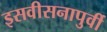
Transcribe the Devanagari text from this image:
इसवीसनापुर्वी